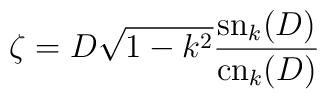
\zeta= D\sqrt{1-k^2}\frac{{\rm sn}_k(D)}{{\rm cn}_k(D)}